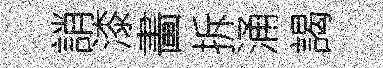
誚漆畵拆涌謁